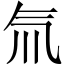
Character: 氚